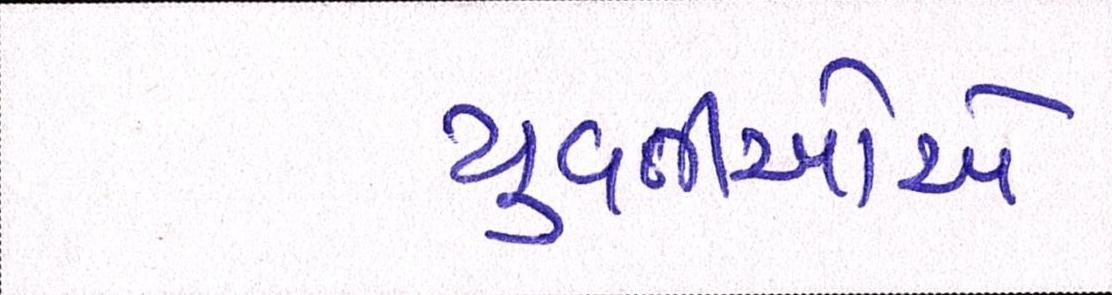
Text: યુવતીઓએ